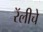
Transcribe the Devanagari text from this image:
रॅलीचे